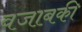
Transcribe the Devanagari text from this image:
वजाबकी